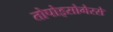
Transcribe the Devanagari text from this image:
तोपोइसोमेरसे